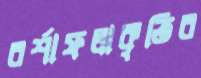
বর্শাফলাকৃতির